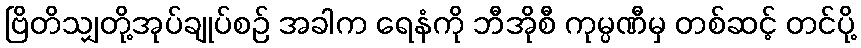
ဗြိတိသျှတို့အုပ်ချုပ်စဉ် အခါက ရေနံကို ဘီအိုစီ ကုမ္ပဏီမှ တစ်ဆင့် တင်ပို့